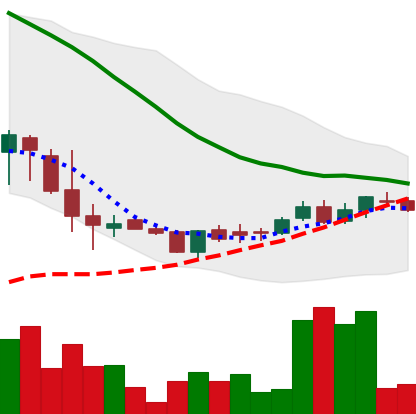
Ticker: DOGE-USD
Chart end date: 2018-06-08
Forward return: -23.012%
Label: down_7plus